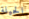
الحيلة